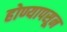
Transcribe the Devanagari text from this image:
होण्यापसून